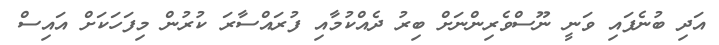
އަދި ބުނެފައި ވަނީ ނޫސްވެރިންނަށް ބިރު ދެއްކުމާއި ފުރައްސާރަ ކުރުން މިފަހަކަށް އައިސް